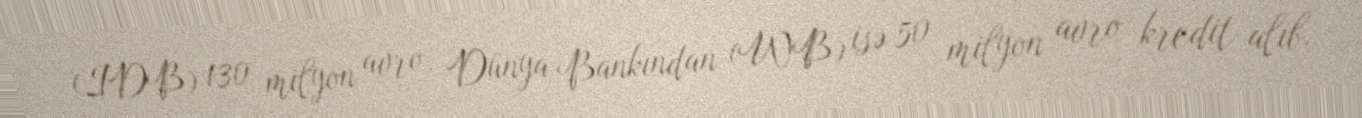
(IDB) 130 milyon avro, Dünya Bankından (WB) isə 50 milyon avro kredit alıb.